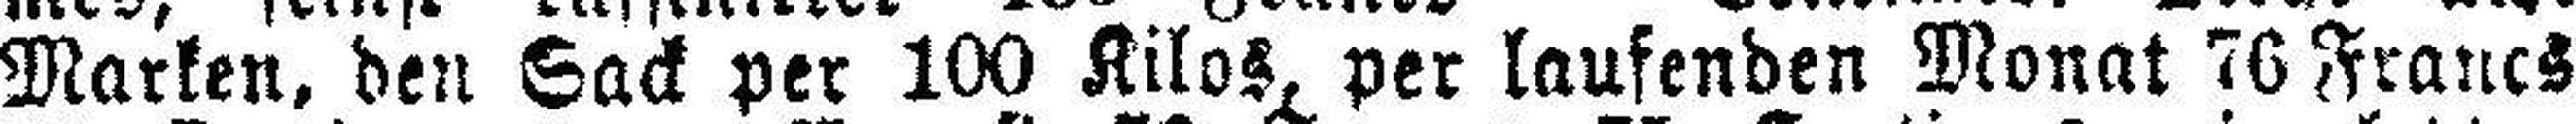
Marken, den Sack per 100 Kilos, per laufenden Monat 76 Francs